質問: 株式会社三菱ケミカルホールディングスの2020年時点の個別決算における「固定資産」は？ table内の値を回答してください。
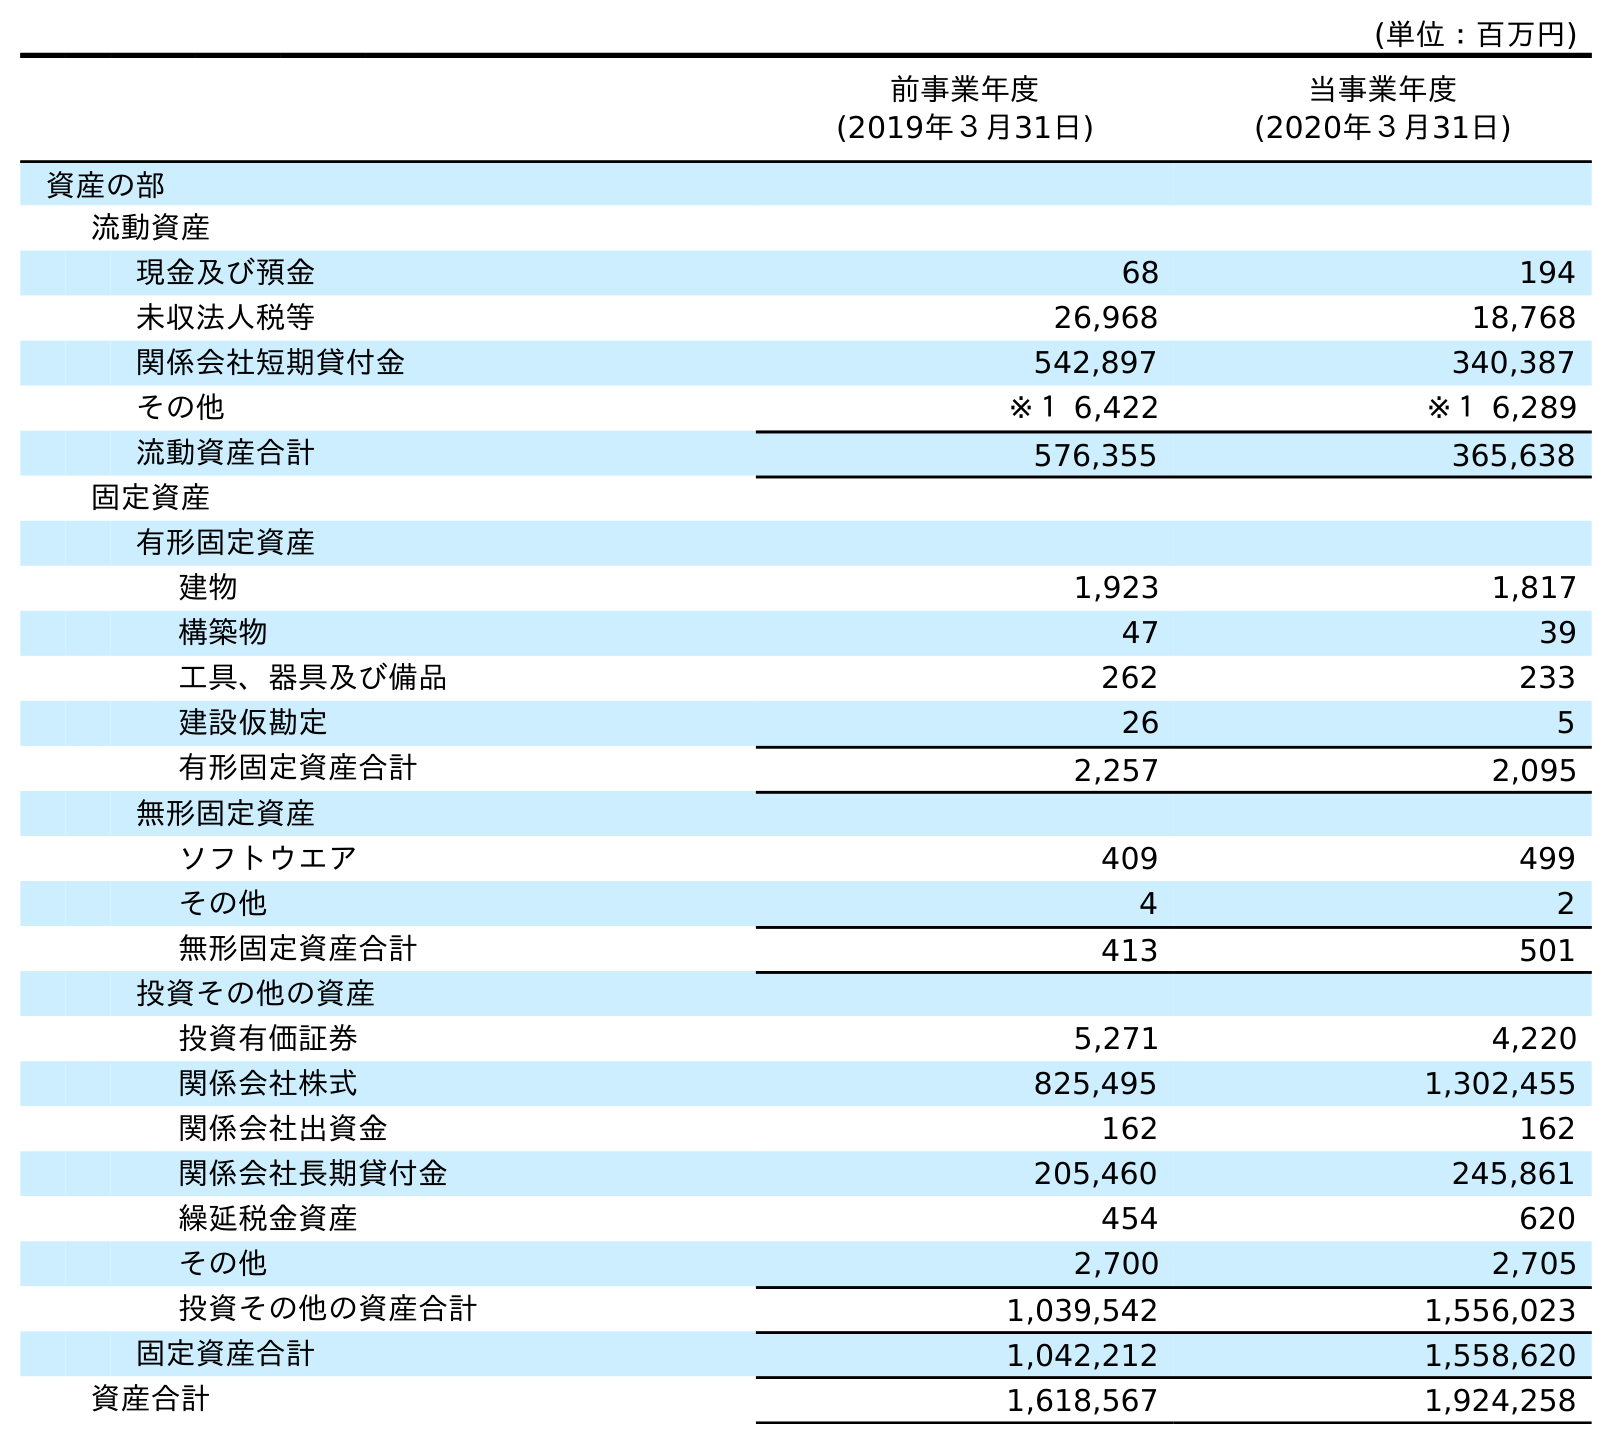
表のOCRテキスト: (単位：百万円) 前事業年度 (2019年３月31日) 当事業年度 (2020年３月31日) 資産の部 流動資産 現金及び預金 68 194 未収法人税等 26,968 18,768 関係会社短期貸付金 542,897 340,387 その他 ※１ 6,422 ※１ 6,289 流動資産合計 576,355 365,638 固定資産 有形固定資産 建物 1,923 1,817 構築物 47 39 工具、器具及び備品 262 233 建設仮勘定 26 5 有形固定資産合計 2,257 2,095 無形固定資産 ソフトウエア 409 499 その他 4 2 無形固定資産合計 413 501 投資その他の資産 投資有価証券 5,271 4,220 関係会社株式 825,495 1,302,455 関係会社出資金 162 162 関係会社長期貸付金 205,460 245,861 繰延税金資産 454 620 その他 2,700 2,705 投資その他の資産合計 1,039,542 1,556,023 固定資産合計 1,042,212 1,558,620 資産合計 1,618,567 1,924,258
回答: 1,558,620